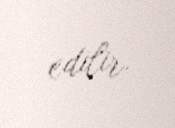
edilir.